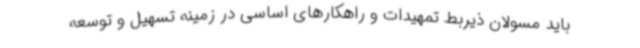
باید مسولان ذیربط تمهیدات و راهکارهای اساسی در زمینه تسهیل و توسعه